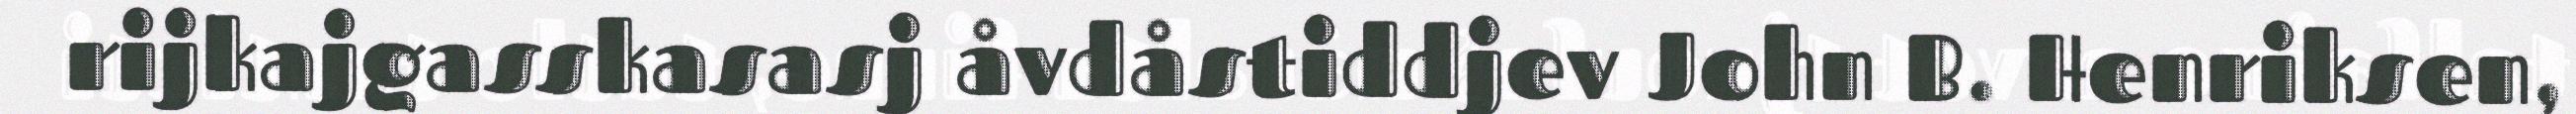
rijkajgasskasasj åvdåstiddjev John B. Henriksen,